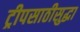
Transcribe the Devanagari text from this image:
ट्रीपसाठीसुद्धा